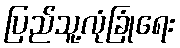
ပြည်သူ့လုံခြုံရေး